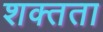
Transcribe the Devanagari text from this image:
शक्तता